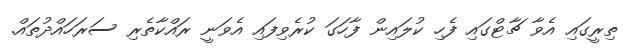
ތިރީގައި އެވާ ޗާޓްގައި ފެހި ކުލައިން ފާހަގަ ކުރެވިފައި އެވަނީ ރައްކާތެރި ސަރަހައްދުތައް.